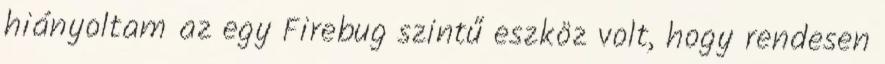
hiányoltam az egy Firebug szintű eszköz volt, hogy rendesen